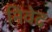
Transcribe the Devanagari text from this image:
निवेद